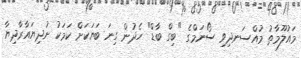
މައުލޫމާތު މުއްސަނދިވި ސޯނަމްގެ "ބިގް ބާޑް" ހެދުން ގިނަ ބަޔަކަށް ކަމަކު ނުދިޔައާރާދިޔާ